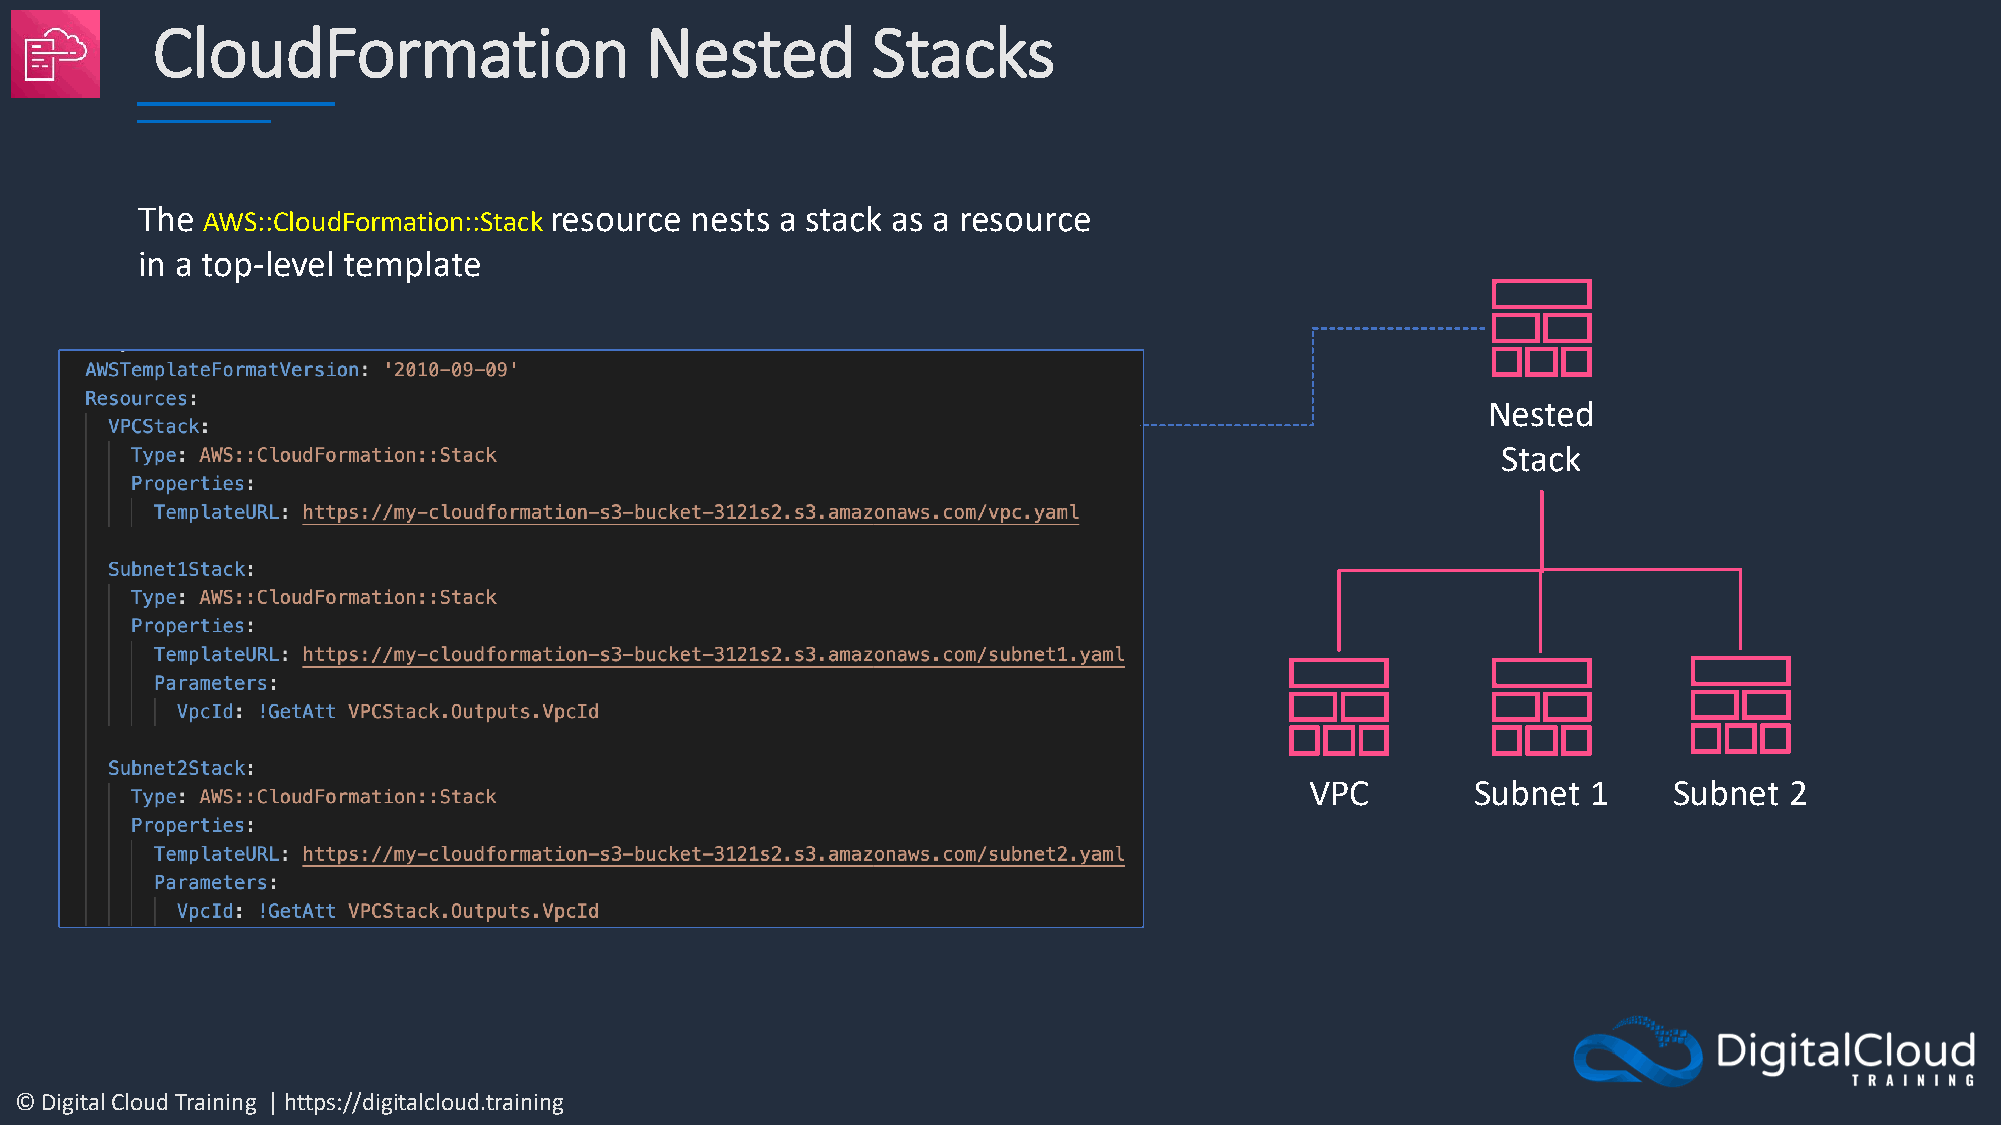
CloudFormation                   Nested         Stacks
 The AWS::CloudFormation::Stack resource nests a stack as a resource
 in a top-level template
 Nested
 Stack
 VPC        Subnet 1     Subnet 2
 © Digital Cloud Training | https://digitalcloud.training